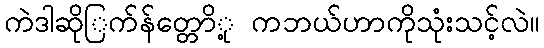
ကဲဒါဆိုြက်န်တ္တောို့ ကဘယ်ဟာကိုသုံးသင့်လဲ။